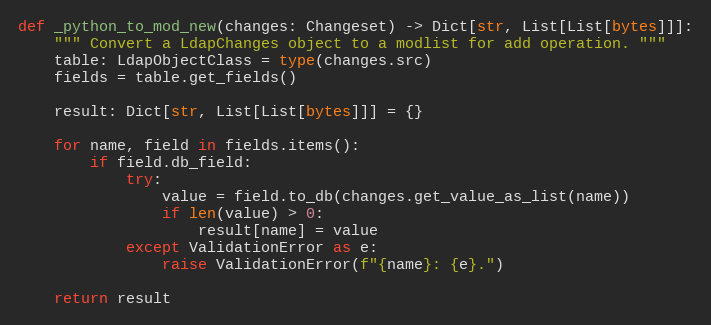
Language: Python
def _python_to_mod_new(changes: Changeset) -> Dict[str, List[List[bytes]]]:
    """ Convert a LdapChanges object to a modlist for add operation. """
    table: LdapObjectClass = type(changes.src)
    fields = table.get_fields()

    result: Dict[str, List[List[bytes]]] = {}

    for name, field in fields.items():
        if field.db_field:
            try:
                value = field.to_db(changes.get_value_as_list(name))
                if len(value) > 0:
                    result[name] = value
            except ValidationError as e:
                raise ValidationError(f"{name}: {e}.")

    return result